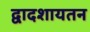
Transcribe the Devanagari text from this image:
द्वादशायतन